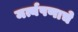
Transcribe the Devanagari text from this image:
मर्त्यपणाचे